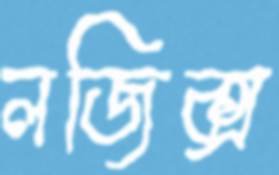
লজিক্স